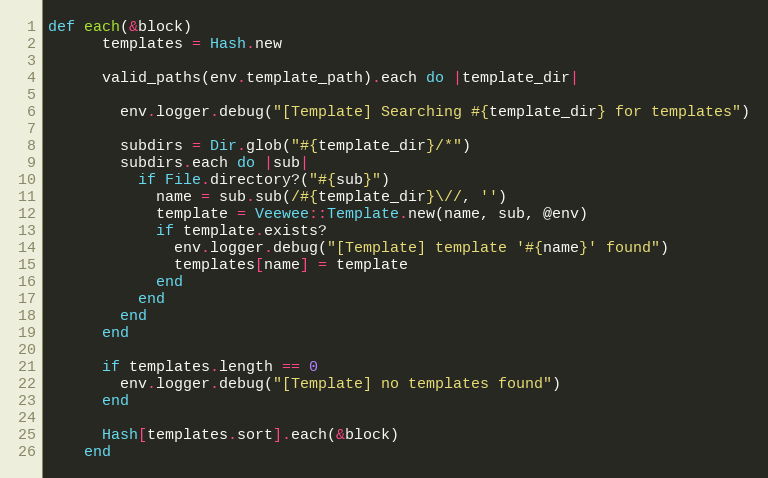
Language: Ruby
def each(&block)
      templates = Hash.new

      valid_paths(env.template_path).each do |template_dir|

        env.logger.debug("[Template] Searching #{template_dir} for templates")

        subdirs = Dir.glob("#{template_dir}/*")
        subdirs.each do |sub|
          if File.directory?("#{sub}")
            name = sub.sub(/#{template_dir}\//, '')
            template = Veewee::Template.new(name, sub, @env)
            if template.exists?
              env.logger.debug("[Template] template '#{name}' found")
              templates[name] = template
            end
          end
        end
      end

      if templates.length == 0
        env.logger.debug("[Template] no templates found")
      end

      Hash[templates.sort].each(&block)
    end